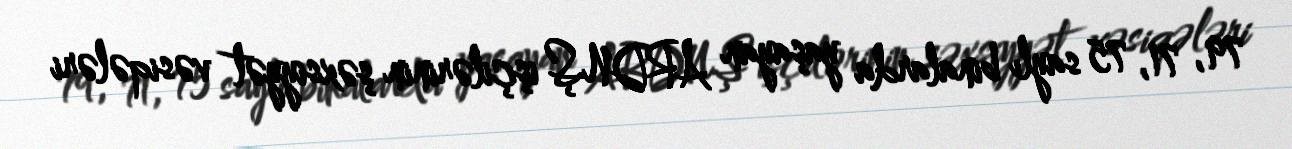
79, 71, 75 saylı binalarda yaşayan ARDNŞ işçilərinin şəxsiyyət vəsiqələri